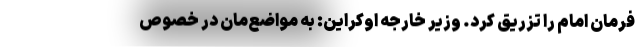
فرمان امام را تزریق کرد. وزیر خارجه اوکراین: به مواضع‌مان در خصوص